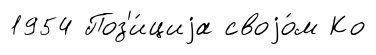
1954 Поз'и́циjа своjо́м Ко